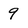
Character: 9